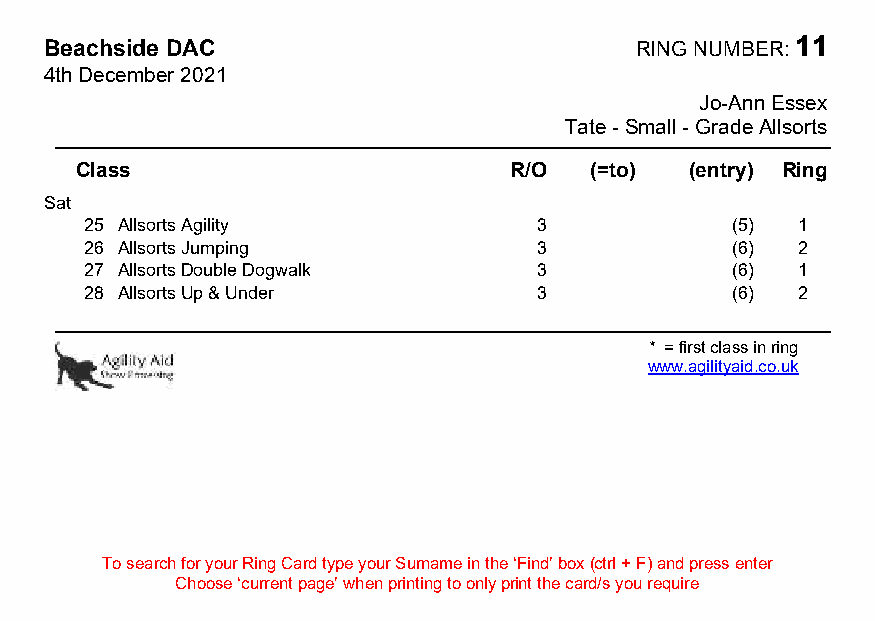
Beachside DAC                          RING NUMBER: 11
 4th December 2021
 Jo-Ann Essex
 Tate - Small - Grade Allsorts
 Class                        R/O  (=to)  (entry) Ring
 Sat
 25 Allsorts Agility           3           (5)  1
 26 Allsorts Jumping           3           (6)  2
 27 Allsorts Double Dogwalk    3           (6)  1
 28 Allsorts Up & Under        3           (6)  2
 * = first class in ring
 www.agilityaid.co.uk
 To search for your Ring Card type your Surname in the ‘Find’ box (ctrl + F) and press enter
 Choose ‘current page’ when printing to only print the card/s you require